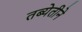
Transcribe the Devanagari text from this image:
तब्येतीने